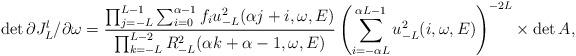
LaTeX: \begin{align*}\det \partial J_L^l/\partial \omega &=\frac{\prod_{j=-L}^{L-1}\sum_{i=0}^{\alpha-1}f_iu_{-L}^2(\alpha j+i,\omega,E)}{\prod_{k=-L}^{L-2}R^2_{-L}(\alpha k+\alpha -1,\omega, E)} \left(\sum_{i=-\alpha L}^{\alpha L-1}u_{-L}^2(i,\omega,E)\right)^{-2L}\times \det A,\\\end{align*}